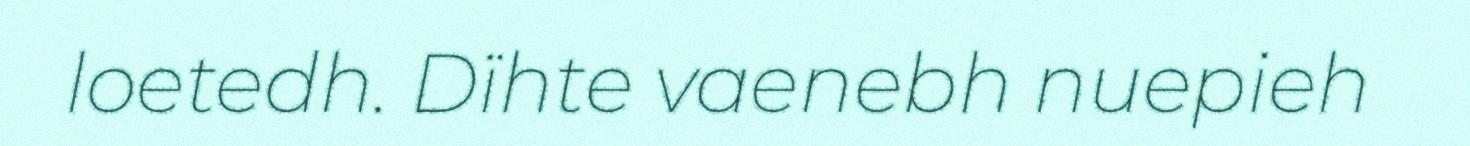
loetedh. Dïhte vaenebh nuepieh